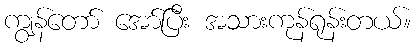
ကျွန်တော် အော်ပြီး အသားကုန်ရုန်းတယ်။